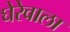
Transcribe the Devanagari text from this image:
घेरेवाला